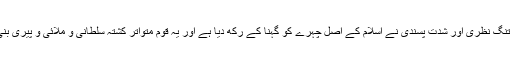
یہاں مذہبی تنگ نظری اور شدت پسندی نے اسلام کے اصل چہرے کو گہنا کے رکھ دیا ہے اور یہ قوم متواتر کشتہ سلطانی و ملائی و پیری بنی ہوئی ہے۔